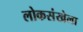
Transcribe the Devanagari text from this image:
लोकसंखेला